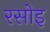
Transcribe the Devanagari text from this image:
रसोइ